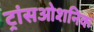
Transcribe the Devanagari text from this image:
ट्रांसओशनिक